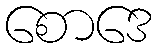
စောဒေ